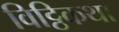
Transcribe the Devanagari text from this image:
विट्ठिकथा